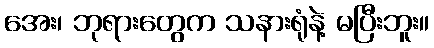
အေး၊ ဘုရားတွေက သနားရုံနဲ့ မပြီးဘူး။